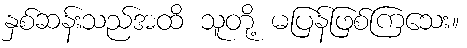
နှစ်ဆန်းသည်အထိ သူတို့ မပြန်ဖြစ်ကြသေး။